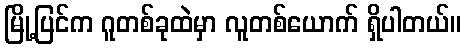
မြို့ပြင်က ဂူတစ်ခုထဲမှာ လူတစ်ယောက် ရှိပါတယ်။